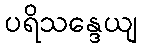
ပရိသန္ဒေယျ